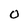
Character: 0